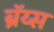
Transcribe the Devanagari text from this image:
ब्रॅय्स